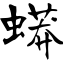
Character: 蟒